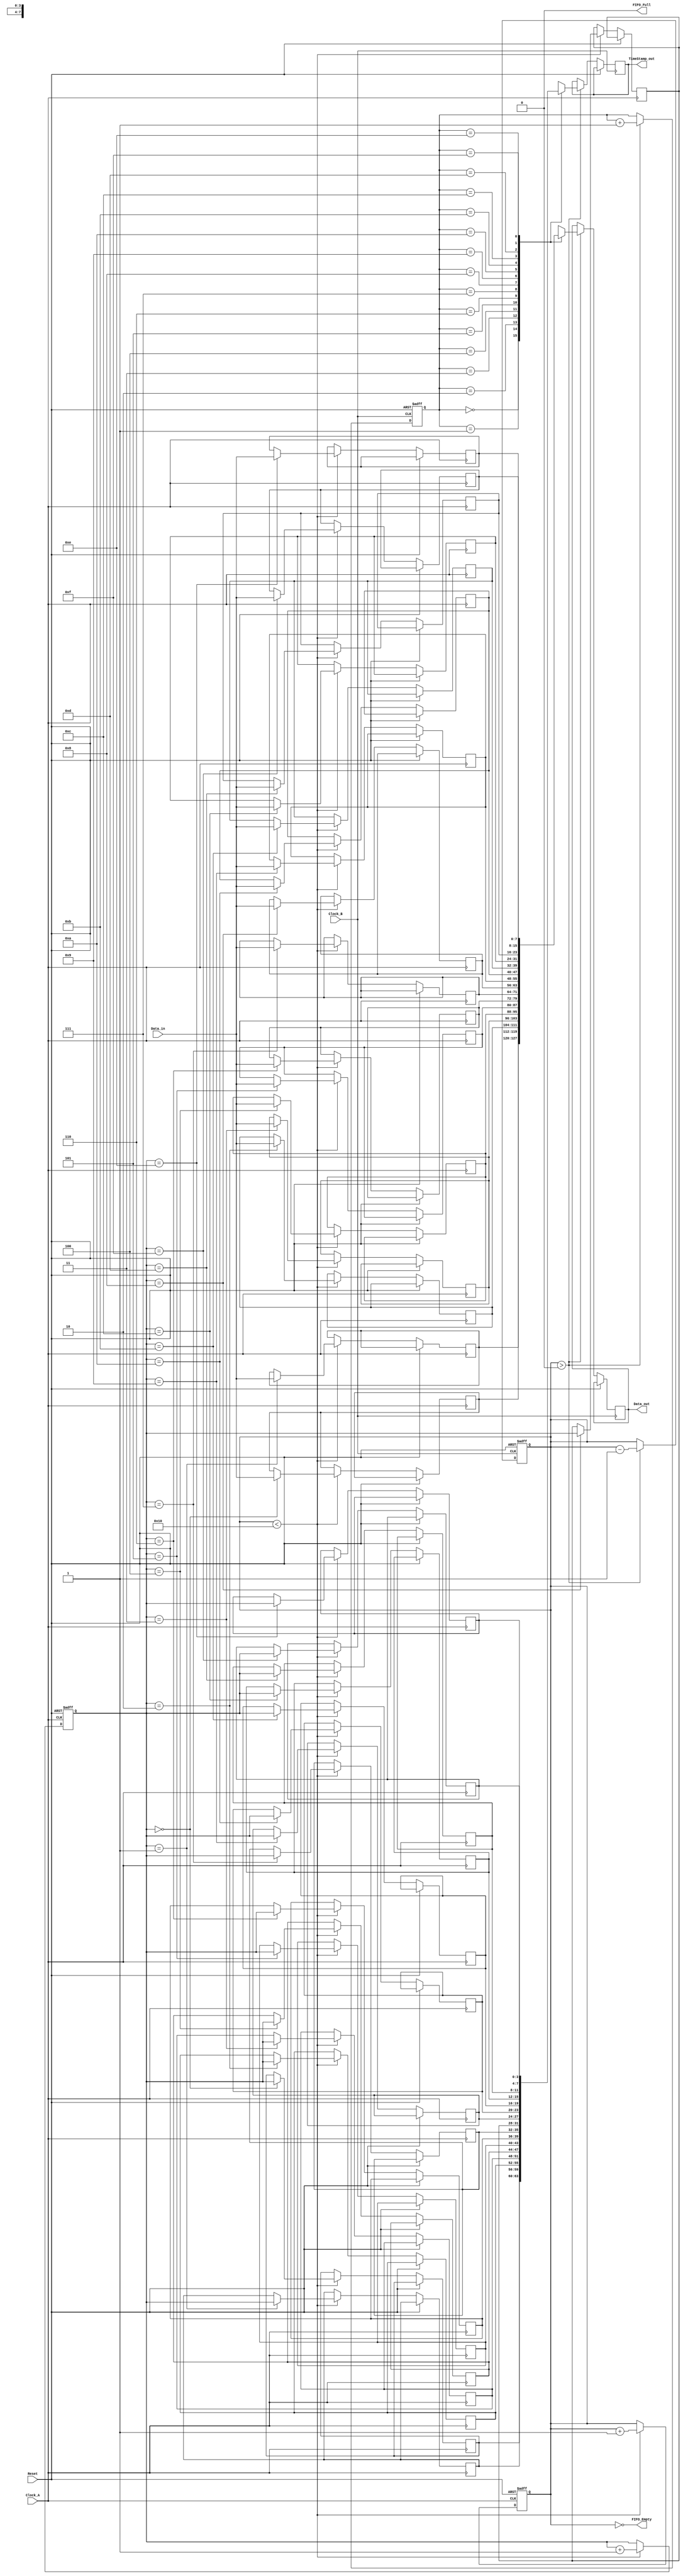
module TimeStampedSynchronizer (
    input wire Clock_A,          // Clock domain A
    input wire Clock_B,          // Clock domain B
    input wire Reset,            // Synchronous reset for both clocks
    input wire [DATA_WIDTH-1:0] Data_in,   // Input data from Clock_A
    output reg [DATA_WIDTH-1:0] Data_out,  // Output data to Clock_B
    output reg [TIMESTAMP_WIDTH-1:0] TimeStamp_out,  // Output timestamp to Clock_B
    output wire FIFO_Empty,      // FIFO empty flag
    output wire FIFO_Full        // FIFO full flag
);
    parameter DATA_WIDTH = 8;        // Data width
    parameter TIMESTAMP_WIDTH = 4;    // Timestamp width (number of bits for timestamp)
    parameter FIFO_DEPTH = 16;        // Depth of FIFO

    // FIFO declaration
    reg [DATA_WIDTH-1:0] FIFO_data[FIFO_DEPTH-1:0];
    reg [TIMESTAMP_WIDTH-1:0] FIFO_timestamp[FIFO_DEPTH-1:0];
    reg [3:0] write_pointer = 0;      // Write pointer
    reg [3:0] read_pointer = 0;       // Read pointer
    reg [3:0] count = 0;              // FIFO count

    // FIFO Write Logic in Clock_A
    always @(posedge Clock_A or posedge Reset) begin
        if (Reset) begin
            write_pointer <= 0;
            count <= 0;
        end else if (count < FIFO_DEPTH) begin
            // Write data and timestamp
            FIFO_data[write_pointer] <= Data_in;
            FIFO_timestamp[write_pointer] <= write_pointer; // Simple timestamp using write_pointer
            write_pointer <= write_pointer + 1;
            count <= count + 1;
        end
    end

    // FIFO Read Logic in Clock_B
    always @(posedge Clock_B or posedge Reset) begin
        if (Reset) begin
            read_pointer <= 0;
            count <= 0;
        end else if (count > 0) begin
            // Read data and timestamp
            Data_out <= FIFO_data[read_pointer];
            TimeStamp_out <= FIFO_timestamp[read_pointer];
            read_pointer <= read_pointer + 1;
            count <= count - 1;
        end
    end

    // FIFO status flags
    assign FIFO_Empty = (count == 0);
    assign FIFO_Full = (count == FIFO_DEPTH);

endmodule